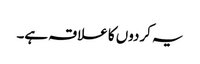
یہ کردوں کا علاقہ ہے۔